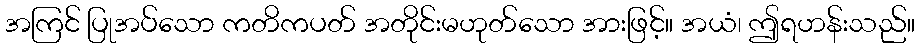
အကြင် ပြုအပ်သော ကတိကပတ် အတိုင်းမဟုတ်သော အားဖြင့်။ အယံ၊ ဤရဟန်းသည်။